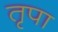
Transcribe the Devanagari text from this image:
तृपा